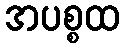
အပစ္စထ